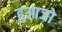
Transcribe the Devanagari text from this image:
हुआजो